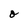
Character: o